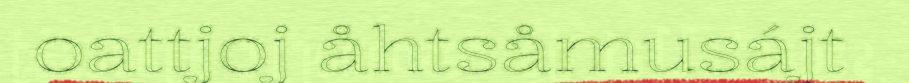
oattjoj åhtsåmusájt